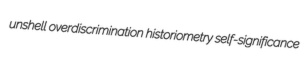
unshell overdiscrimination historiometry self-significance